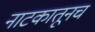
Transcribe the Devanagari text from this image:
नाटकातूनच